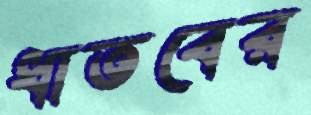
ধাতবের